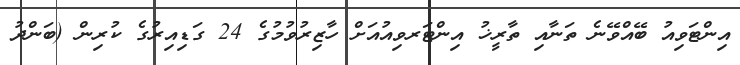
އިންޓަވިއު ބޭއްވޭނެ ތަނާއި ތާރީޚު އިންޓަރވިއުއަށް ހާޒިރުވުމުގެ 24 ގަޑިއިރުގެ ކުރިން (ބަންދު